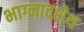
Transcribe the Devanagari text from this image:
भाग्नावशेथ